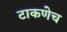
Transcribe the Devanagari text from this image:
टाकणेच